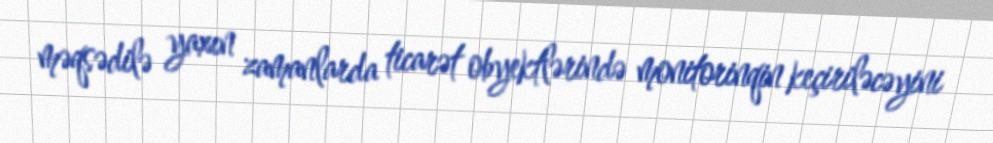
məqsədilə yaxın zamanlarda ticarət obyektlərində monitorinqin keçiriləcəyini